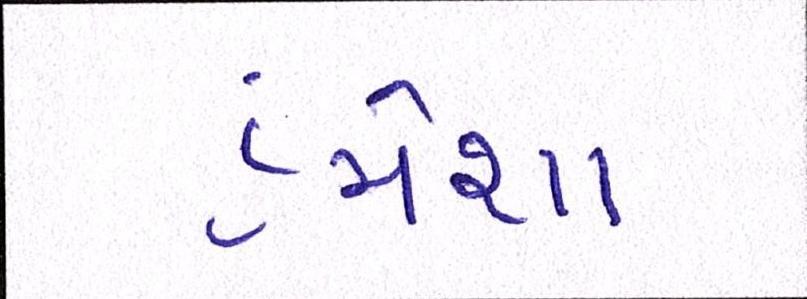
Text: હંમેશા